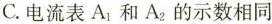
C.电流表A_{1}和A_{2}的示数相同